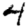
Digit: 4